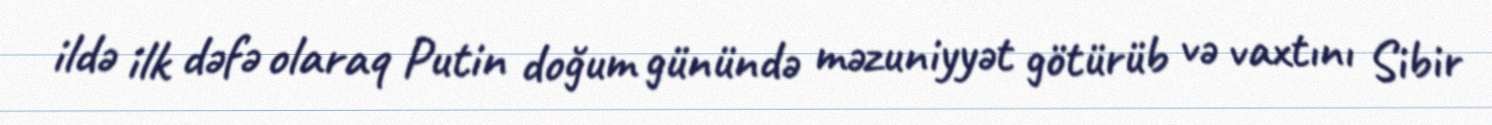
ildə ilk dəfə olaraq Putin doğum günündə məzuniyyət götürüb və vaxtını Sibir